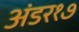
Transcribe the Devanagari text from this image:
अंडर१७